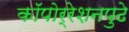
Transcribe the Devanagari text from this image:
कॉपोर्रेशनपुढे